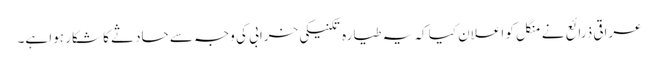
عراقی ذرائع نے منگل کو اعلان کیا کہ یہ طیارہ تکنیکی خرابی کی وجہ سے حادثے کا شکار ہوا ہے۔